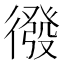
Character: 𭜄